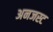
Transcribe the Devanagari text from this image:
अनजस्ट